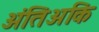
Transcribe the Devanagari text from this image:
अंतिअकि